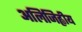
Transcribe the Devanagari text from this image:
अलिजिह्वीय